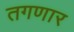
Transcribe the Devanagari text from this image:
तगणार